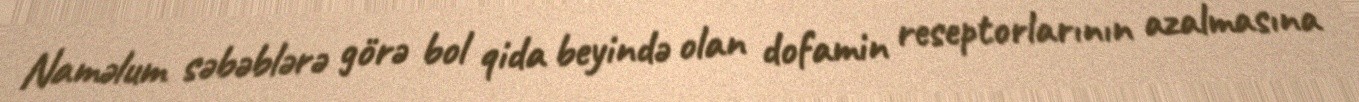
Naməlum səbəblərə görə bol qida beyində olan dofamin reseptorlarının azalmasına